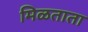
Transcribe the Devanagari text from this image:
मिळताता